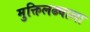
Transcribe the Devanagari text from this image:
मुक्तिलढ्याला